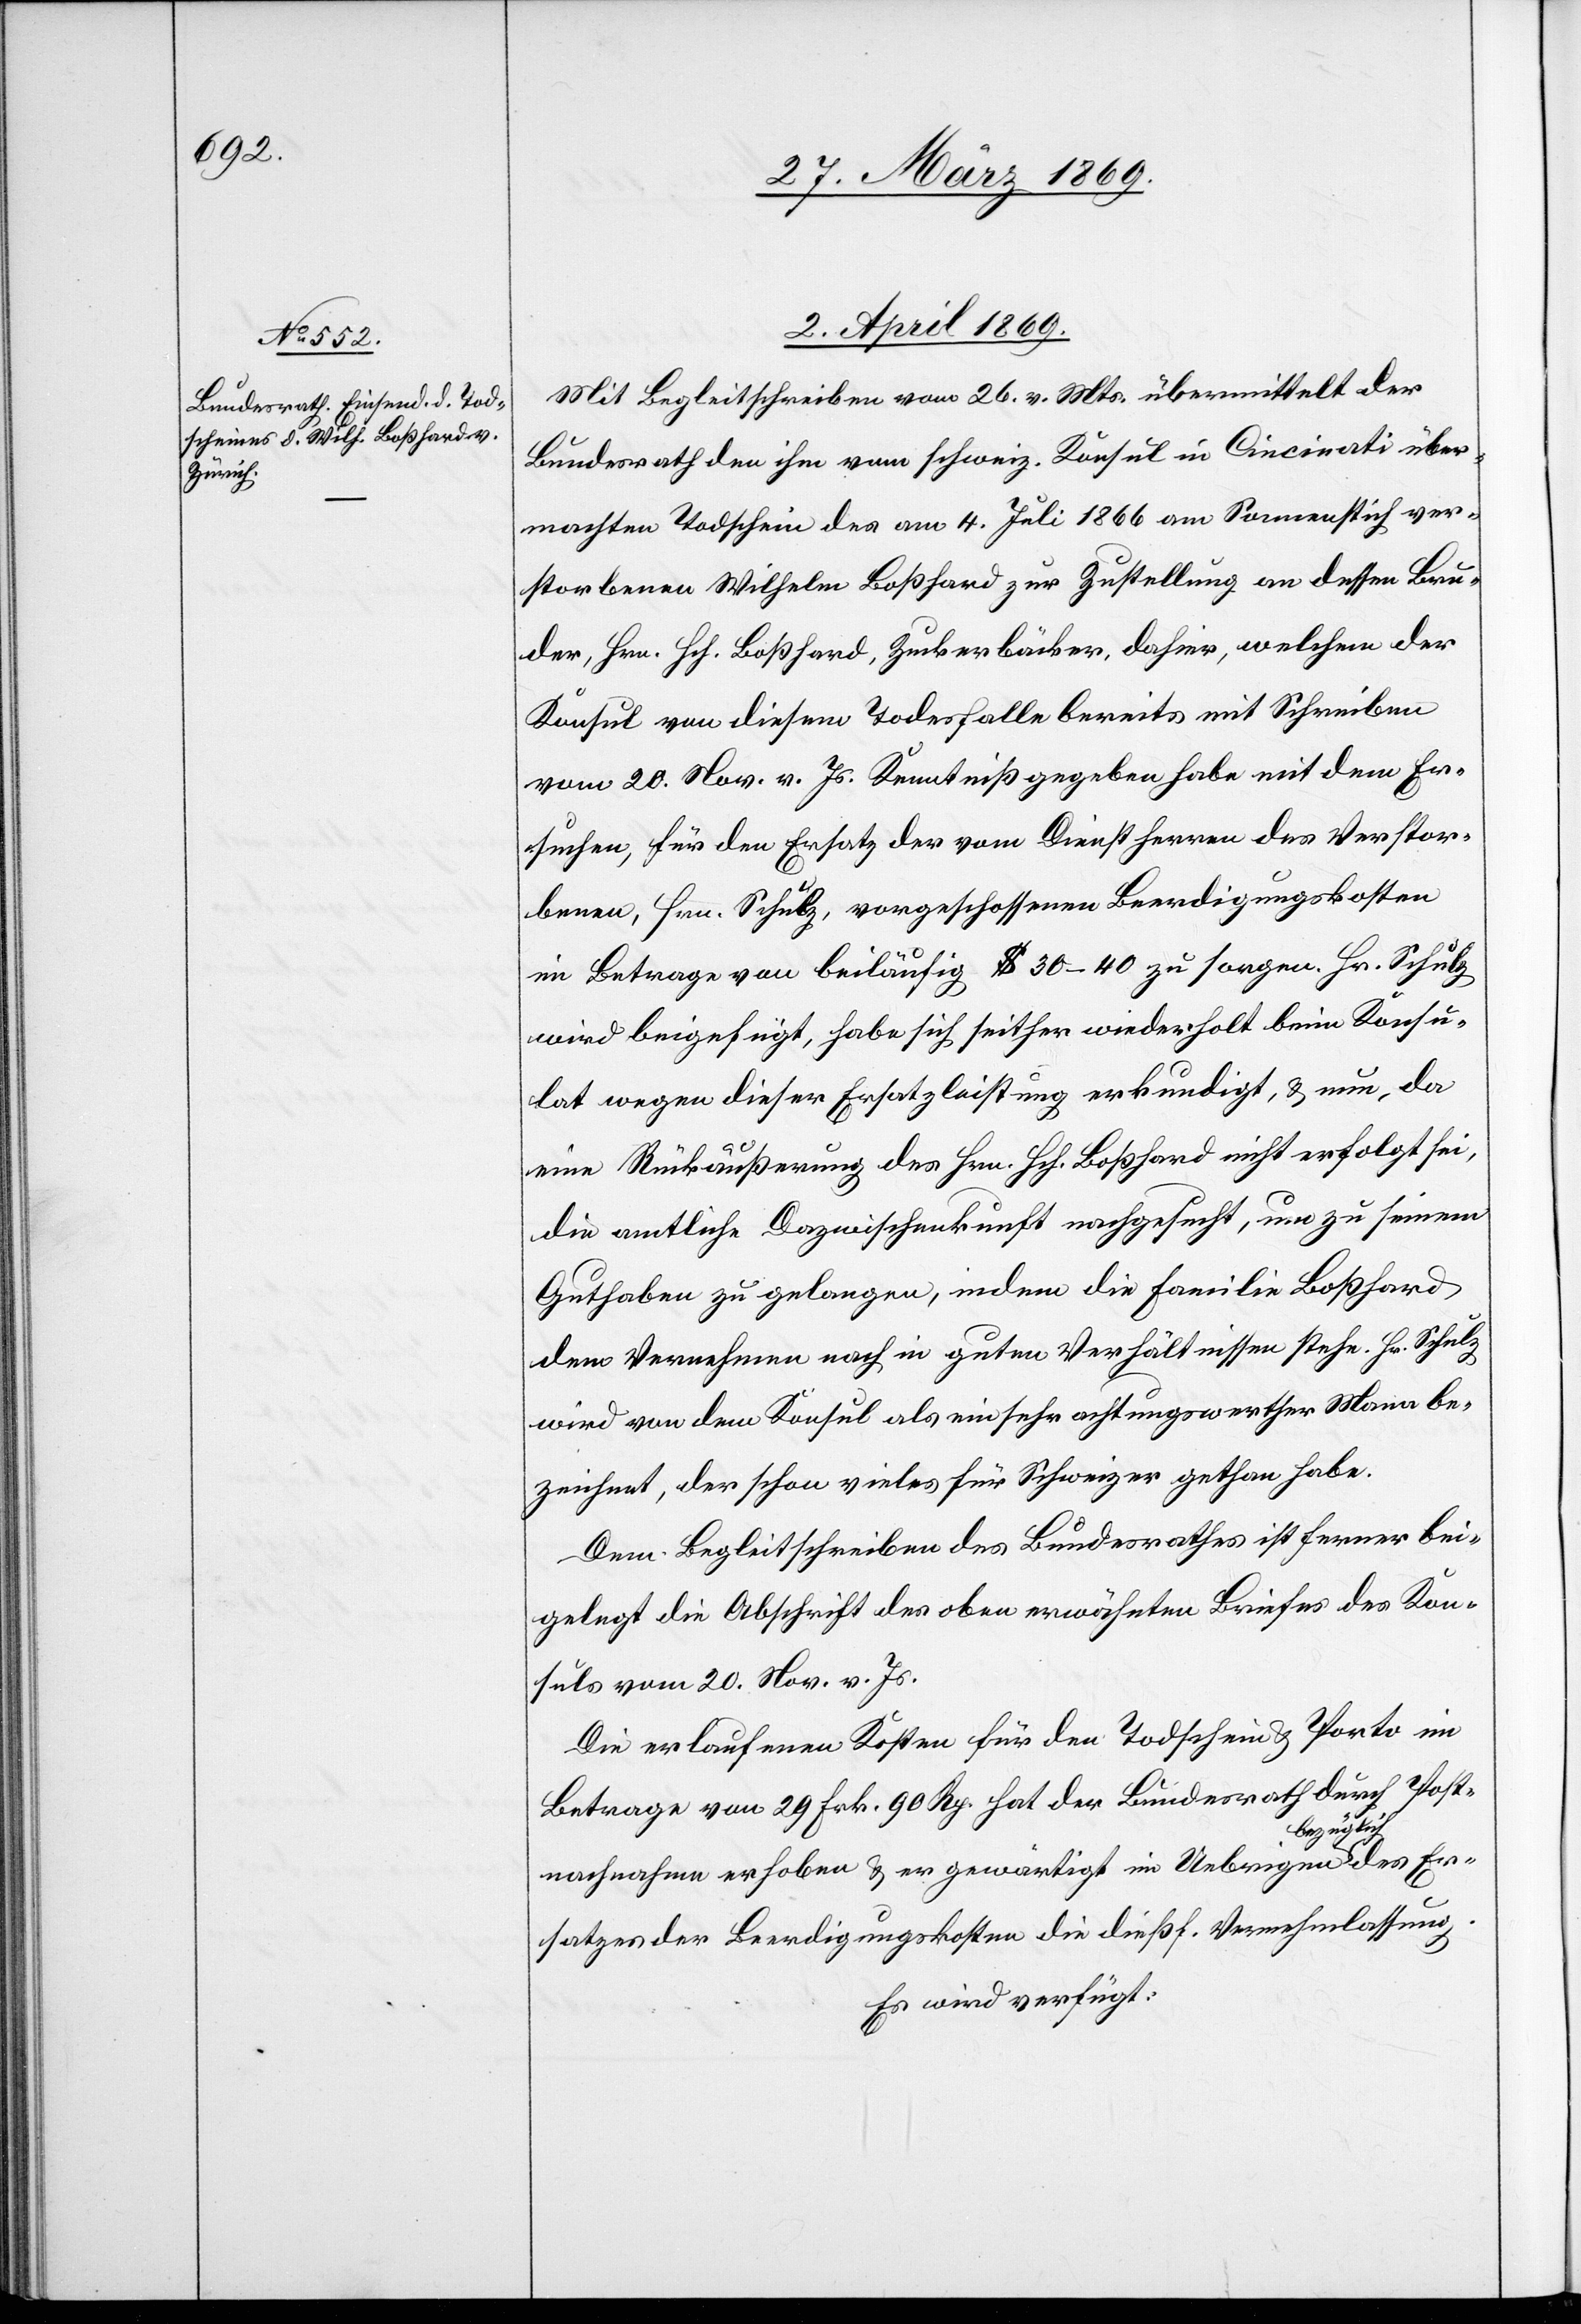
2. April 1869.
Mit Begleitschreiben vom 26. v. Mts. übermittelt der
Bundesrath den ihm vom schweiz. Konsul in Cincinati über¬
machten Todschein des am 4. Juli 1866 am Sonnenstich ver¬
storbenen Wilhelm Boßhard zur Zustellung an dessen Bru¬
der, Hrn. Hch. Boßhard, Zuckerbäcker, dahier, welchen der
Konsul von diesem Todesfalle bereits mit Schreiben
vom 20. Nov. v. Js. Kenntniß gegeben habe mit dem Er¬
suchen, für den Ersatz der vom Dienstherren des Verstor¬
benen, Hrn. Schulz, vorgeschossenen Beerdigungskosten
im Betrage von beiläufig $ 30–40 zu sorgen. Hr. Schulz
wird beigefügt, habe sich seither wiederholt beim Konsu¬
lat wegen dieser Ersatzleistung erkundigt, u. nun, da
eine Rückäußerung des Hrn. Boßhard nicht erfolgt sei,
die amtliche Dazwischenkunft nachgesucht, um zu seinem
Guthaben zu gelangen, indem die Familie Boßhard
dem Vernehmen nach in guten Verhältnissen stehe. Hr. Schulz
wird von dem Konsul als ein sehr achtungswerther Mann be¬
zeichnet, der schon vieles für Schweizer gethan habe.
Dem Begleitschreiben des Bundesrathes ist ferner bei¬
gelegt die Abschrift des oben erwähnten Briefes des Kon¬
suls vom 20. Nov. v. Js.
Die erlaufenen Kosten für den Todschein u. Porto im
Betrage von 29 Frk. 90 Rp. hat der Bundesrath durch Post¬
nachnahme erhoben u. er gewärtigt im Uebrigen bezüglich des Er¬
satzes der Beerdigungskosten die dießf. Vernehmlassung.
Es wird verfügt: